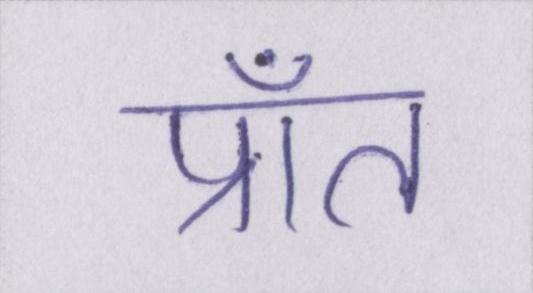
प्राँत